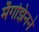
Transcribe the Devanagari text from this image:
मॅगझिनने